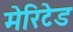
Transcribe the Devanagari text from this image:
मेरिटेड